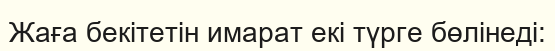
Жаға бекітетін имарат екі түрге бөлінеді: